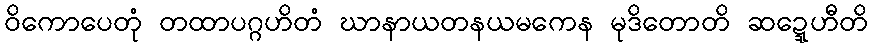
ဝိကောပေတုံ တထာပဂ္ဂဟိတံ ဃာနာယတနယမကေန မုဒိတောတိ ဆဍ္ဍေဟီတိ